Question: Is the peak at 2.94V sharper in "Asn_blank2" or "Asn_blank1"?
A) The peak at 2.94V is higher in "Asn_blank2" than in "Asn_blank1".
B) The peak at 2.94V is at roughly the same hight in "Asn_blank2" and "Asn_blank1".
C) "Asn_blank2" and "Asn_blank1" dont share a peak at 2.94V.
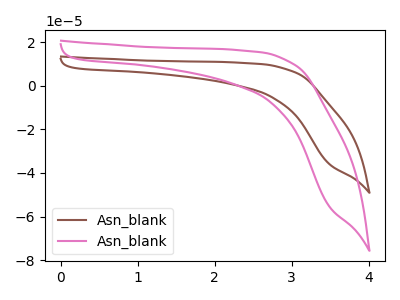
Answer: <think>The brown curve "Asn_blank1" has no peaks. The pink curve "Asn_blank2" has no peaks.</think>
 <answer>C) "Asn_blank2" and "Asn_blank1" dont share a peak at 2.94V.</answer>
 <eval>C</eval>